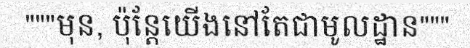
"""មុន, ប៉ុន្តែយើងនៅតែជាមូលដ្ឋាន"""